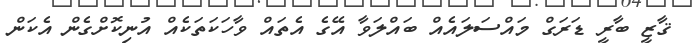
ޤާޒީ ބާރީ ޑަރަގް މައްސަލައެއް ބައްލަވާ އޭގެ އެތައް ވާހަކަތަކެއް އުނިކޮށްގެން އެކަން